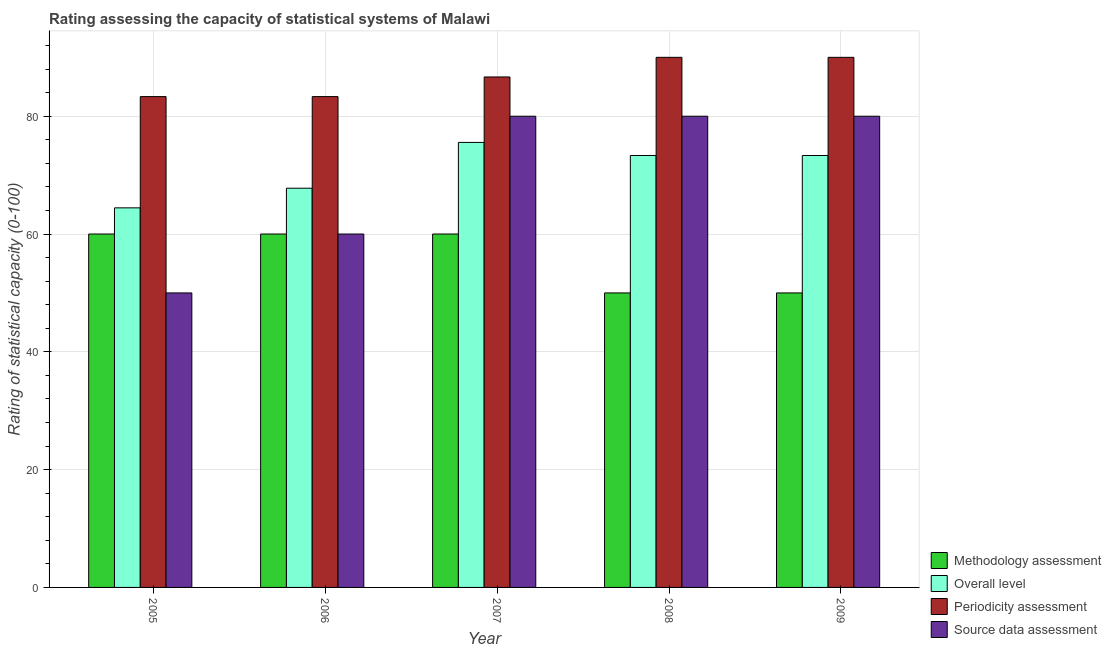
| Year | Methodology assessment | Overall level | Periodicity assessment | Source data assessment |
 | --- | --- | --- | --- | --- |
 | 2005 | 60 | 64.4 | 83.3 | 50 |
 | 2006 | 60 | 67.8 | 83.3 | 60 |
 | 2007 | 60 | 75.6 | 86.7 | 80 |
 | 2008 | 50 | 73.3 | 90 | 80 |
 | 2009 | 50 | 73.3 | 90 | 80 |